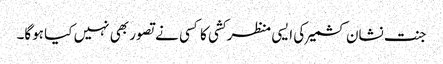
جنت نشان کشمیر کی ایسی منظر کشی کا کسی نے تصور بھی نہیں کیا ہوگا۔